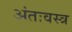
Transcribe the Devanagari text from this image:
अंतःवस्त्र